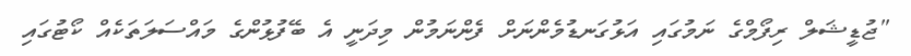
"ޖުޑީޝަލް ރިފޯމްގެ ނަމުގައި އަޅުގަނޑުމެންނަށް ފެންނަމުން މިދަނީ އެ ބޭފުޅުންގެ މައްސަލަތަކެއް ކޯޓުގައި